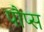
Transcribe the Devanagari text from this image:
पौप्स